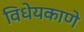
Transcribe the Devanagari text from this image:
विधेयकाणे